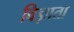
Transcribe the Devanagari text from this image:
विज्ञाता